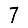
Digit: 7